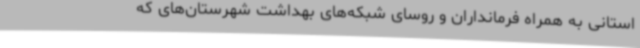
استانی به همراه فرمانداران و روسای شبکه‌های بهداشت شهرستان‌های که